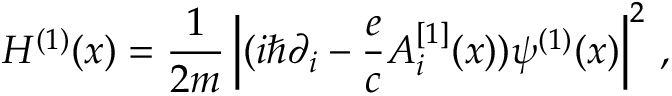
{ \cal H } ^ { ( 1 ) } ( x ) = { \frac { 1 } { 2 m } } \left| ( i \hbar \partial _ { i } - { \frac { e } { c } } A _ { i } ^ { [ 1 ] } ( x ) ) \psi ^ { ( 1 ) } ( x ) \right| ^ { 2 } \, ,